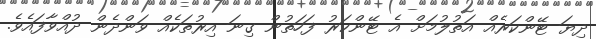
ދިޔަ ޓޭންކަރެއް އަތުލުމަށް އެ ޓޭންކަރު ފަހަތުން ގިނަ އިރުތަކެއް ވަންދެން ދުއްވާފައެވެ.